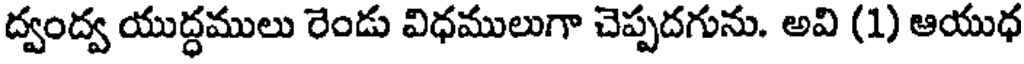
ద్వంద్వ యుద్ధములు రెండు విధములుగా చెప్పదగును. అవి (1) ఆయుధ